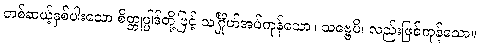
တစ်ဆယ့်နှစ်ပါးသော စိတ္တုပ္ပါဒ်တို့ဖြင့် သင်္ဂြိုဟ်အပ်ကုန်သော။ သဗ္ဗေပိ၊ လည်းဖြစ်ကုန်သော။